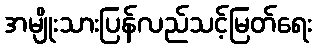
အမျိုးသားပြန်လည်သင့်မြတ်ရေး